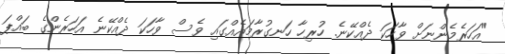
"އަހަރެމެންނަށް ވާހަކަ ދެއްކޭނެ. ހުރިހާ ހަނގުރާމައެއްގައި ވެސް ވާހަކަ ދެއްކޭނެ އަހަރެންގެ ބައްޕަ